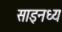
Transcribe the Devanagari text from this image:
साइनध्य